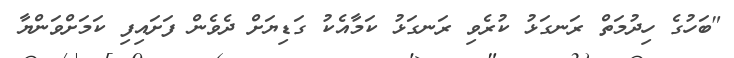
"ބަހުގެ ހިދުމަތް ރަނގަޅު ކުރެވި ރަނގަޅު ކަމާއެކު ގަޑިޔަށް ދެވެން ފަށައިފި ކަމަށްވަންޔާ